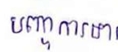
បញ្ហាការងារ